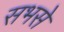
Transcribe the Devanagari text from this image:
सभसे